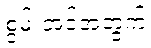
စွမ်းအင်အတွက်